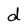
Character: d